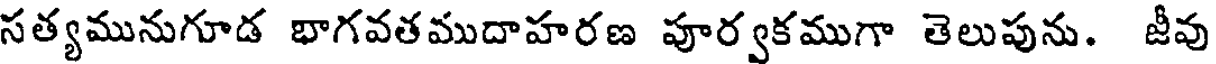
సత్యమునుగూడ భాగవతముదాహరణ పూర్వకముగా తెలుపును. జీవు